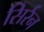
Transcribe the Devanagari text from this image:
सिर्रन